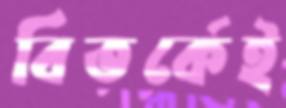
বিতর্কেই